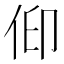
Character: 𠈟